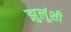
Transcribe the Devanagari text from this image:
झुलूंशी